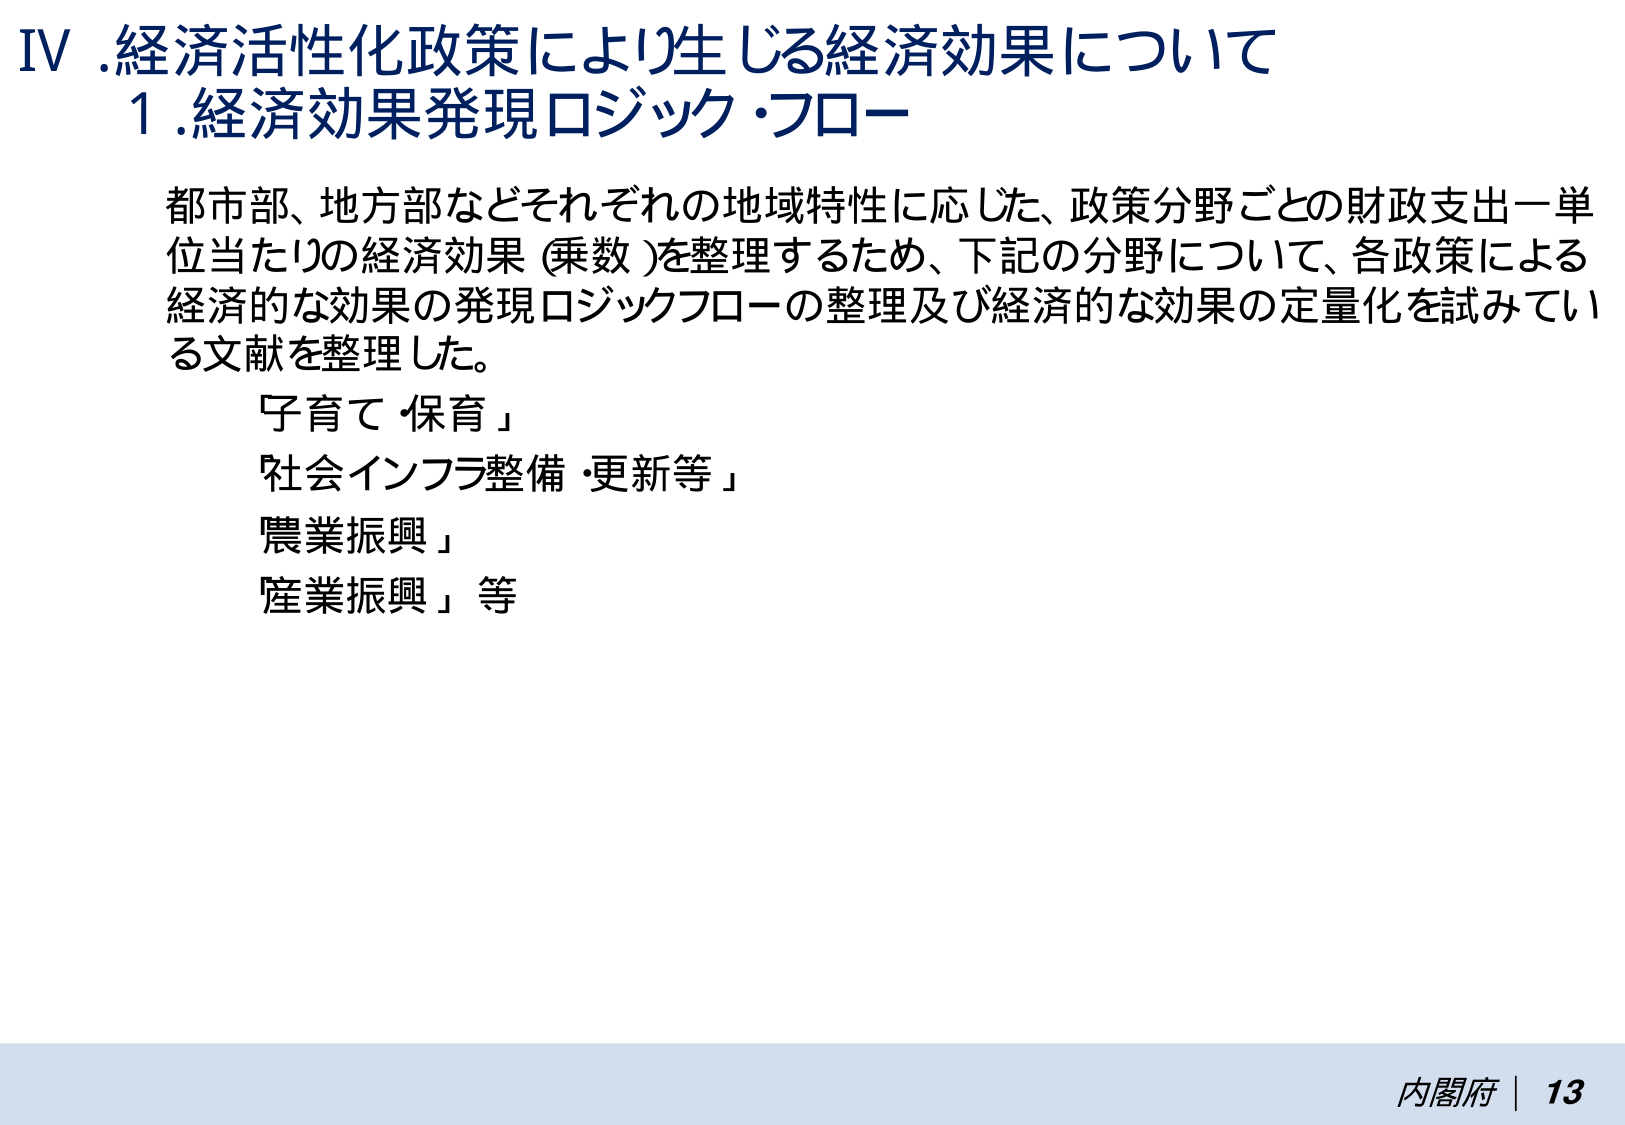
IV. 経済活性化政策により生じる経済効果について
1. 経済効果発現ロジック・フロー

都市部、地方部などそれぞれの地域特性に応じた、政策分野ごとの財政支出一単位当たりの経済効果（乗数）を整理するため、下記の分野について、各政策による経済的な効果の発現ロジックフローの整理及び経済的な効果の定量化を試みている文献を整理した。
「子育て・保育」
「社会インフラ整備・更新等」
「農業振興」
「産業振興」等

内閣府 | 13